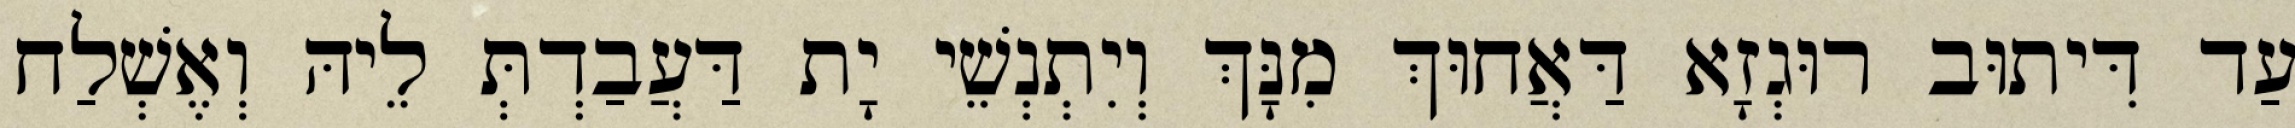
עַד דִּיתוּב רוּגְזָא דַּאֲחוּךְ מִנָּךְ וְיִתְנְשֵׁי יָת דַּעֲבַדְתְּ לֵיהּ וְאֶשְׁלַח